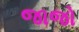
જાજો